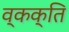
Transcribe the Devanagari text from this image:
व्कक्ति